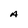
Character: A